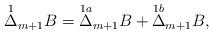
LaTeX: \begin{align*} \overset{1}{\Delta}_{m+1}B=\overset{1a}{\Delta}_{m+1}B+\overset{1b}{\Delta}_{m+1}B,\end{align*}